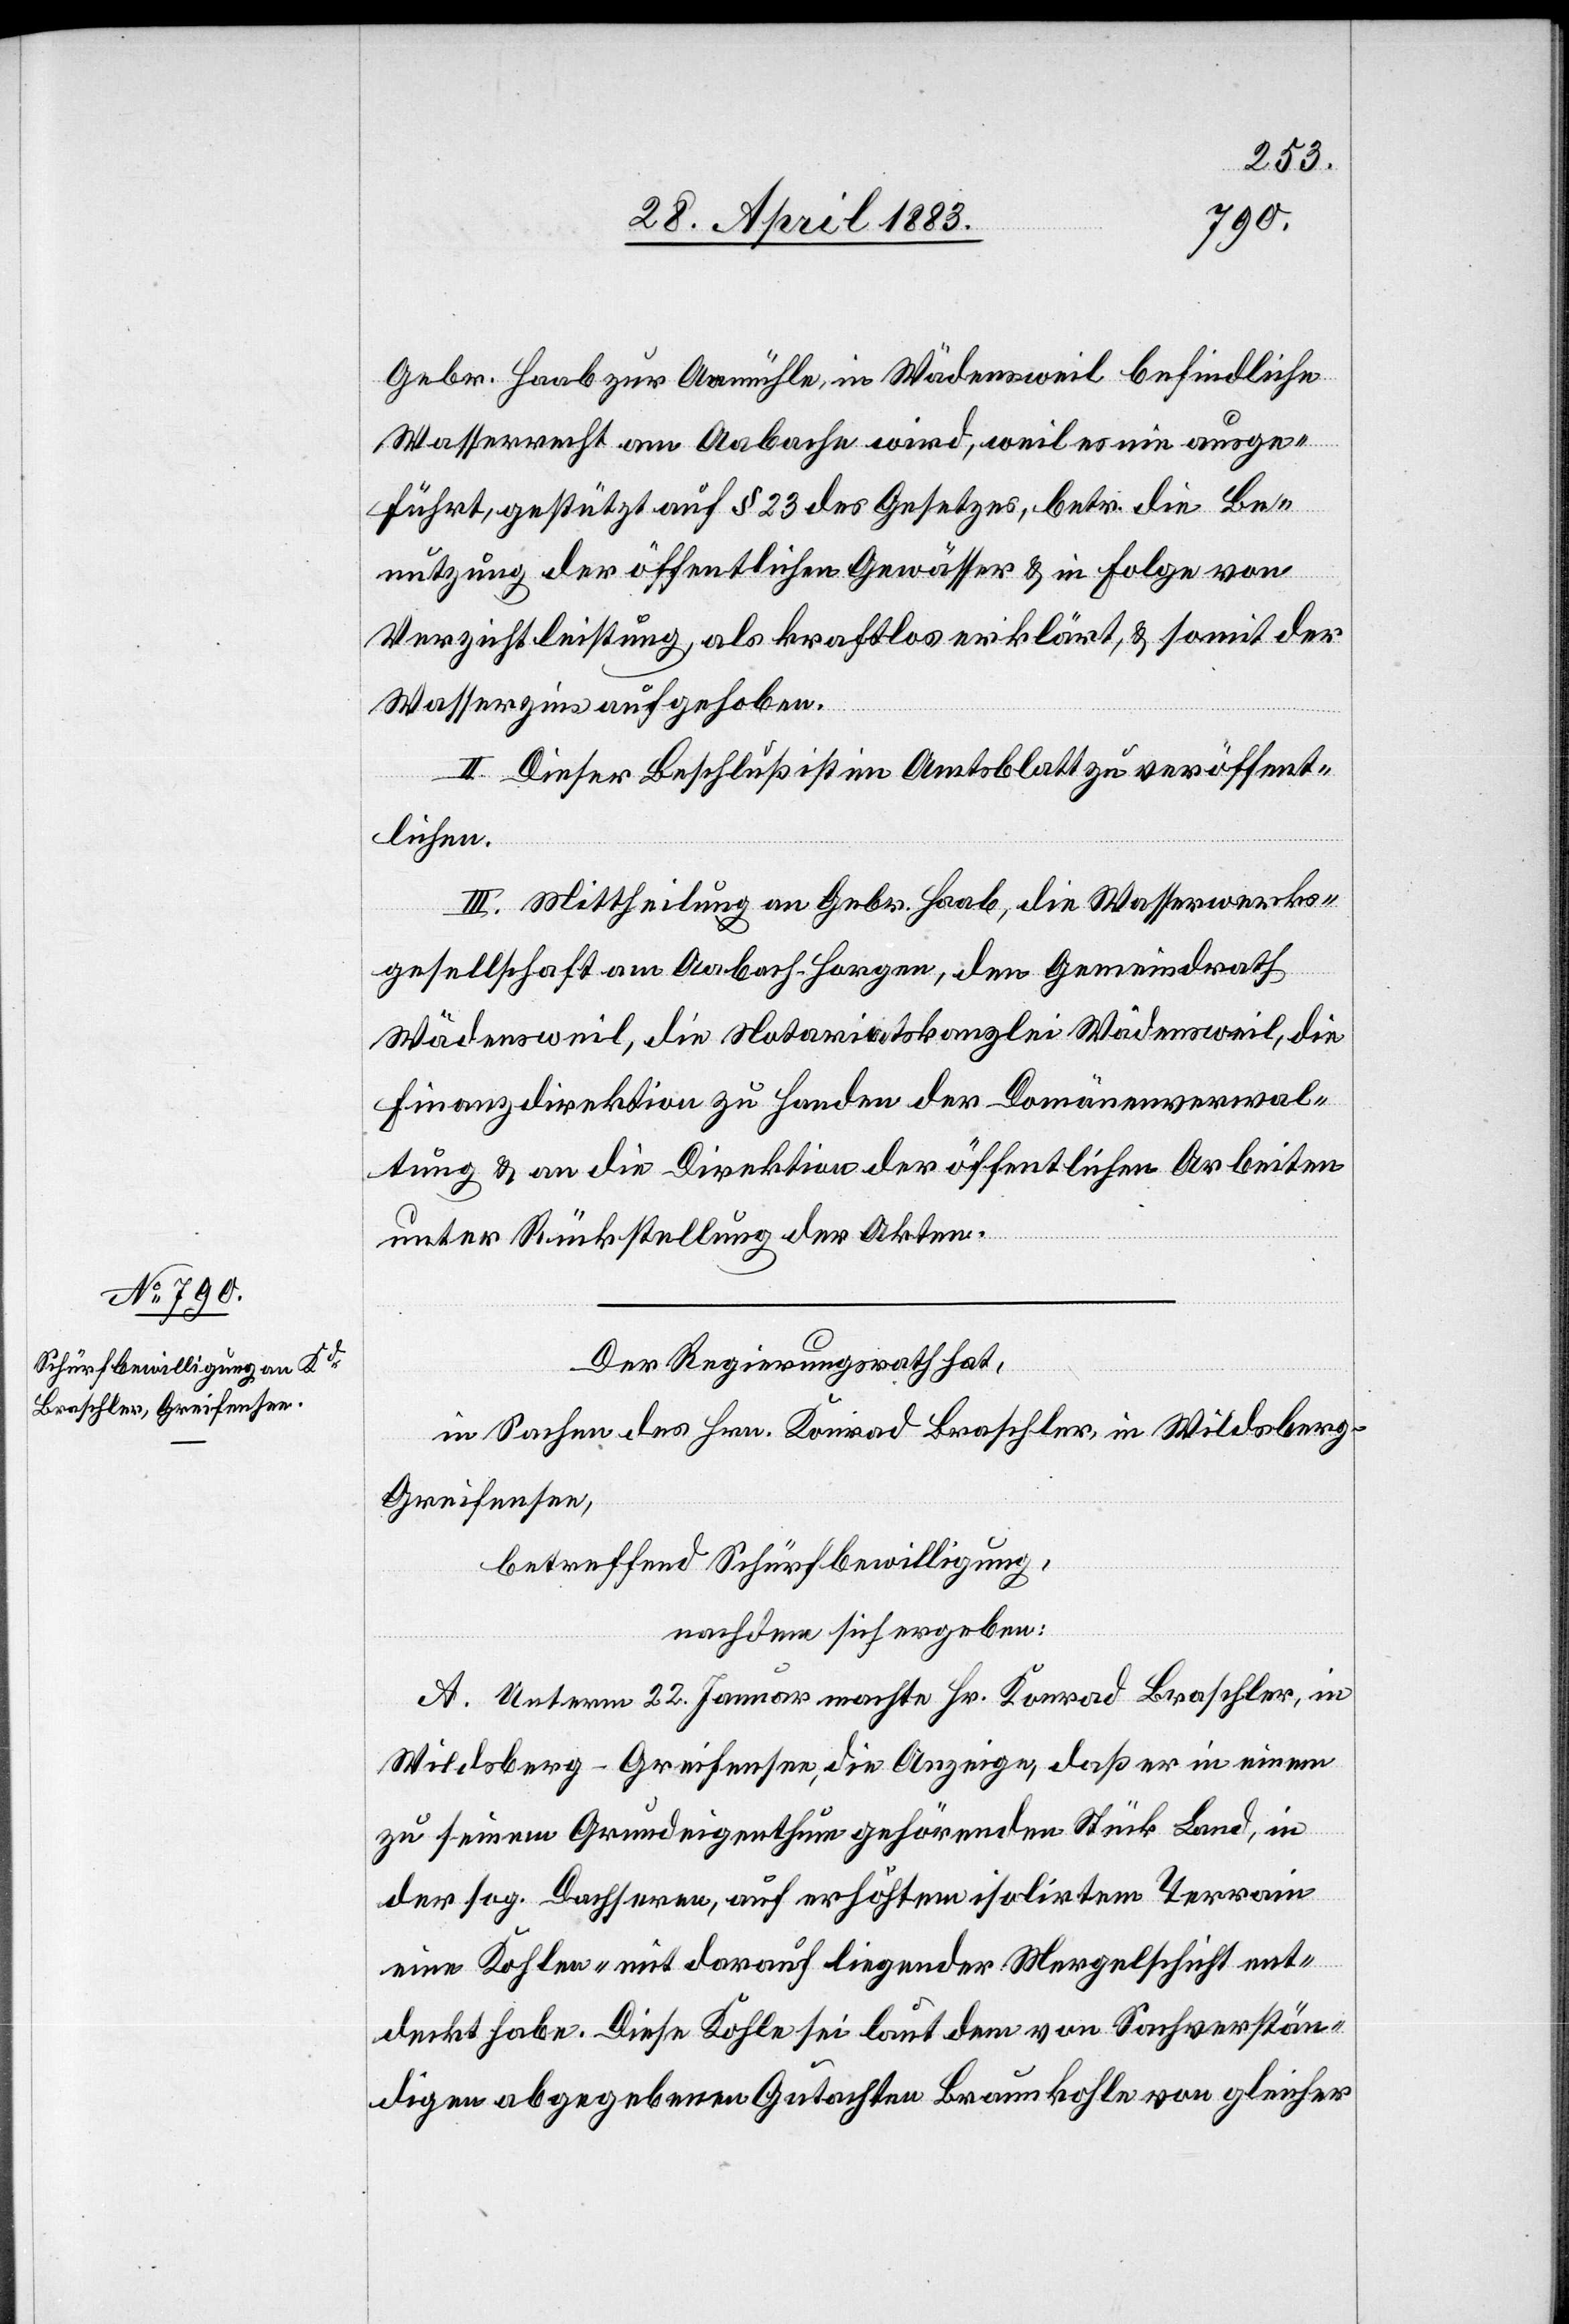
Gebr. Haab zur Aamühle, in Wädensweil befindliche
Wasserrecht am Aabache wird, weil es nie ausge¬
führt, gestützt auf § 23 des Gesetzes, betr. die Be¬
nutzung der öffentlichen Gewässer & in Folge von
Verzichtleistung, als kraftlos erklärt, & somit der
Wasserzins aufgehoben.
II. Dieser Beschluß ist im Amtsblatt zu veröffent¬
lichen.
III. Mittheilung an Gebr. Haab, die Wasserwerks¬
gesellschaft am Aabach - Horgen, den Gemeindrath
Wädensweil, die Notariatskanzlei Wädensweil, die
Finanzdirektion zu Handen der Domänenverwal¬
tung & an die Direktion der öffentlichen Arbeiten
unter Rückstellung der Akten.
Der Regierungsrath hat,
in Sachen des Hrn. Konrad Braschler, in Wildsberg -
Greifensee,
betreffend Schürfbewilligung,
nachdem sich ergeben:
A. Unterm 22. Januar machte Hr. Konrad Braschler, in
Wildsberg - Greifensee, die Anzeige, daß er in einem
zu seinem Grundeigenthum gehörenden Stück Land, in
der sog. Dachseren, auf erhöhtem isolirtem Terrain
eine Kohlen- mit darauf liegender Mergelschicht ent¬
deckt habe. Diese Kohle sei laut dem von Sachverstän¬
digen abgegebenen Gutachten Braunkohle von gleicher